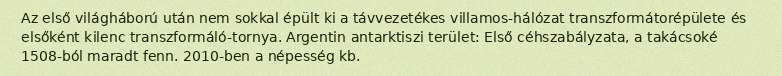
Az első világháború után nem sokkal épült ki a távvezetékes villamos-hálózat transzformátorépülete és elsőként kilenc transzformáló-tornya. Argentin antarktiszi terület: Első céhszabályzata, a takácsoké 1508-ból maradt fenn. 2010-ben a népesség kb.